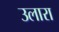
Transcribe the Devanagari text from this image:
उलारा